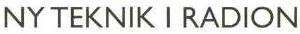
NY TEKNIK I RADION